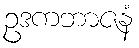
ဥဒကဘာဇနံ